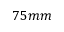
7 5 m m